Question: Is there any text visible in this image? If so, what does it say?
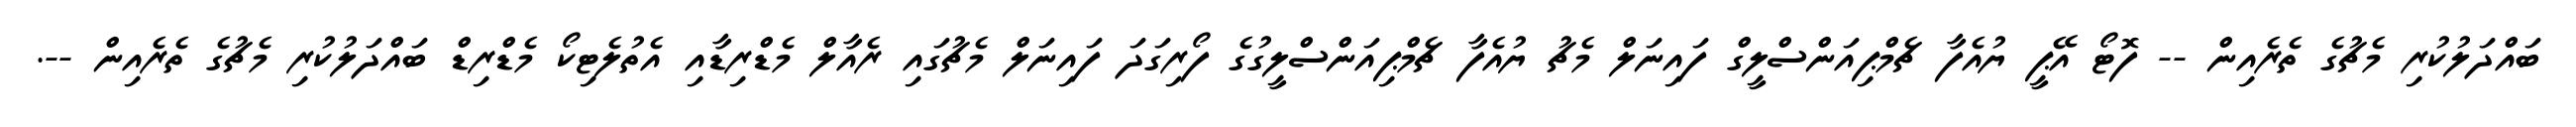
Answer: ބައްދަލުކުރި މެޗުގެ ތެރެއިން -- ފޮޓޯ އޭޕީ ޔުއެފާ ޗެމްޕިއަންސްލީގް ފައިނަލް މެޗު ޔުއެފާ ޗެމްޕިއަންސްލީގުގެ ފޯރިގަދަ ފައިނަލް މެޗުގައި ރެއާލް މެޑްރިޑާއި އެތުލެޓިކޯ މެޑްރިޑް ބައްދަލުކުރި މެޗުގެ ތެރެއިން --.